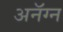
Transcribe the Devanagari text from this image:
अनॅग्न